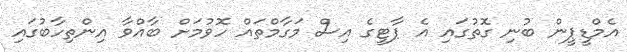
އެމްޑީޕީން ބުނި ގޮތުގައި އެ ޕާޓީގެ އިސް މަގާމްތައް ހޮވުމަށް ބާއްވާ އިންތިހާބުގައި